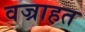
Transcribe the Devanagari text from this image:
वज्राहत